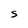
Character: S